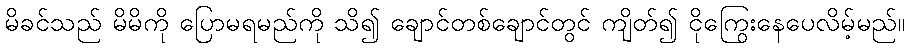
မိခင်သည် မိမိကို ပြောမရမည်ကို သိ၍ ချောင်တစ်ချောင်တွင် ကျိတ်၍ ငိုကြွေးနေပေလိမ့်မည်။